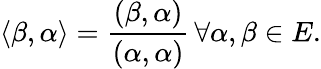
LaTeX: \langle\beta,\alpha\rangle={\frac{(\beta,\alpha)}{(\alpha,\alpha)}}\, \forall\alpha,\beta\in E.